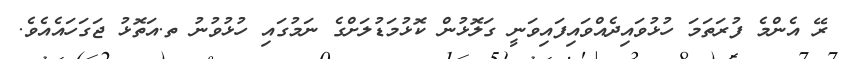
ރޭ އެންމެ ފުރަތަމަ ހުޅުވައިދެއްވައިފައިވަނީ ގަލޮޅުން ކޮޅުމަޑުލަށްގެ ނަމުގައި ހުޅުވުނު ތ.އަތޮޅު ޖަގަހައެއެވެ.